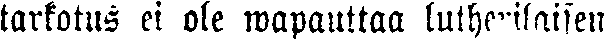
tarkotus ei ole wapauttaa lutherilaisen